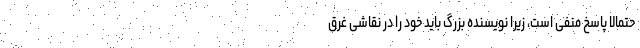
حتمالاً پاسخ منفی است، زیرا نویسنده بزرگ باید خود را در نقاشی غرق